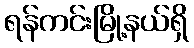
ရန်ကင်းမြို့နယ်ရှိ